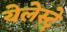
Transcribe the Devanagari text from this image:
येलेस्ट्रे